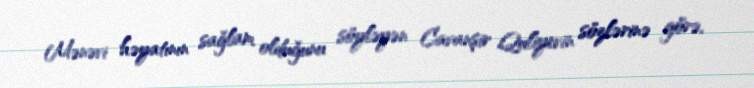
Mənəvi həyatının sağlam olduğunu söyləyən Cavanşir Quliyevin sözlərinə görə,